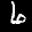
Label: 6